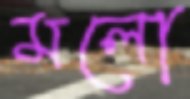
মলো